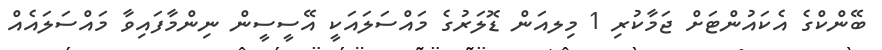
ބޭންކްގެ އެކައުންޓަށް ޖަމާކުރި 1 މިލއަން ޑޮލަރުގެ މައްސަލައަކީ އޭސީސީން ނިންމާފައިވާ މައްސަލައެއް